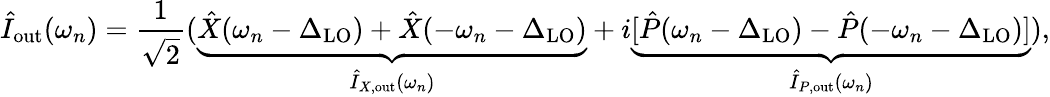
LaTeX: \hat{I}_{\mathrm{out}}(\omega_{n})=\frac{1}{\sqrt{2}}(\underbrace{\hat{X}(\omega_{n}-\Delta_{\mathrm{LO}})+\hat{X}(-\omega_{n}-\Delta_{\mathrm{LO}})}_{\hat{I}_{X,\mathrm{out}}(\omega_{n})}+i\underbrace{[\hat{P}(\omega_{n}-\Delta_{\mathrm{LO}})-\hat{P}(-\omega_{n}-\Delta_{\mathrm{LO}})]}_{\hat{I}_{P,\mathrm{out}}(\omega_{n})}),